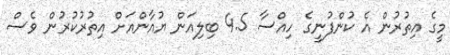
މީގެ އިތުރުން އެ ކުންފުނީގެ ހިއްސާ 4.5 ބިލިއަން ޔުއާންއަށް އިތުރުކުރުން ވެސް